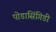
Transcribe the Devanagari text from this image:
पोडासिंगिडी